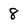
Character: 8